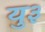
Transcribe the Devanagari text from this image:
यु३